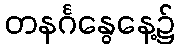
တနင်္ဂနွေနေ့၌